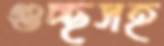
গুচ্ছসহ